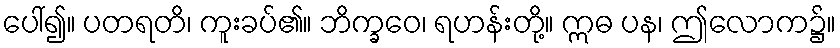
ပေါ်၍။ ပတရတိ၊ ကူးခပ်၏။ ဘိက္ခဝေ၊ ရဟန်းတို့။ ဣဓ ပန၊ ဤလောက၌။